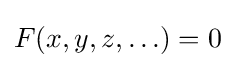
F(x,y,z,\ldots )=0